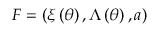
{ \cal F } = \left( \xi \left( \theta \right) , \Lambda \left( \theta \right) , a \right)